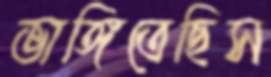
ভাঙ্গিতেছিস